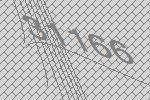
31166